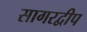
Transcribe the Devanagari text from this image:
सागरद्वीप